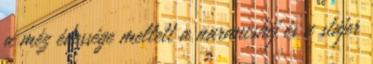
a méz édessége mellett a narancshéj és a stájer